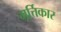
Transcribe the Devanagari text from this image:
मूर्त्तिकार